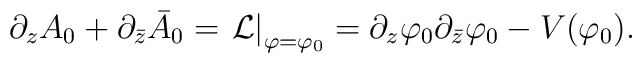
\partial_z A_0+\partial_{\bar{z}} \bar{A}_0 = \left.{\cal L}\right|_{\varphi=\varphi_0} =  \partial_z\varphi_0\partial_{\bar{z}}\varphi_0- V(\varphi_0).